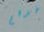
خذهم